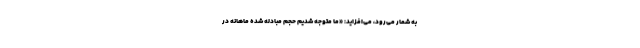
به شمار می‌رود، می‌افزاید: «ما متوجه شدیم حجم مبادله شده ماهانه در